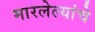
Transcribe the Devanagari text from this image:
मारलेल्यांचे